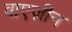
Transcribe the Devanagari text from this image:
वाएज़ीन